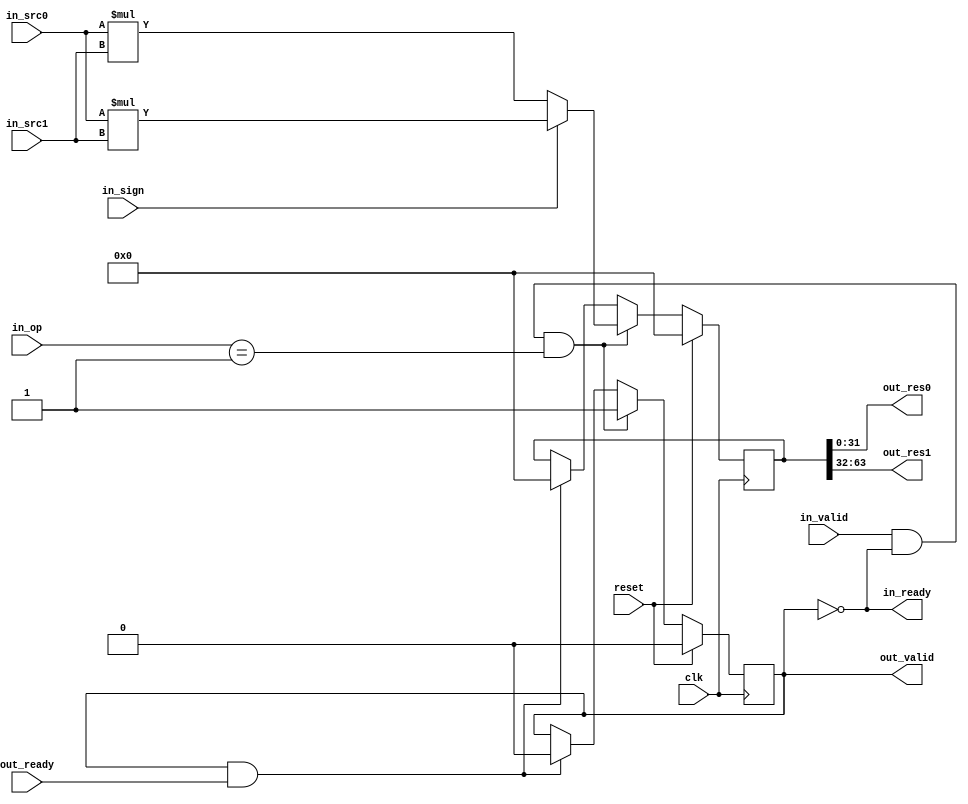
`timescale 1ns / 1ps
`default_nettype none 
`define  IDLE 2'b00
`define  MUL  2'b01
`define  DIV  2'b10

module MulUnit(
    input wire clk,
    input wire reset,
    input wire [31:0] in_src0,
    input wire [31:0] in_src1,
    input wire [1:0] in_op,
    input wire in_sign,
    output wire in_ready,
    input wire in_valid,
    input wire out_ready,
    output wire out_valid,
    output wire [31:0] out_res0,
    output wire [31:0] out_res1
);
    reg done;
    reg [63:0] tmp;
    wire signed [63:0] sr = $signed(in_src0) * $signed(in_src1);
    wire [63:0] usr = in_src0 * in_src1;

    assign {out_res1, out_res0, in_ready, out_valid} = {tmp, !done, done};

    always@(posedge clk) begin
        if(reset) begin
            done <= 'h0;
            tmp <= 'h0;
        end 
        else if(in_valid & in_ready & (in_op == `MUL)) begin
            tmp <= in_sign ? sr : usr;
            done <= 'h1;
        end 
        else if(out_valid & out_ready) begin
            tmp <= 'h0;
            done <= 'h0;
        end
    end
endmodule

module DivUnit(
    input wire clk,
    input wire reset,
    input wire [31:0] in_src0,
    input wire [31:0] in_src1,
    input wire [1:0] in_op,
    input wire in_sign,
    output wire in_ready,
    input wire in_valid,
    input wire out_ready,
    output wire out_valid,
    output wire [31:0] out_res0,
    output wire [31:0] out_res1
);
    wire negSrcBits [1:0];
    wire [31:0] absSrc [1:0];
    wire [63:0] absSrc64 [1:0];
    reg busy;
    reg [31:0] timer;
    reg [66:0] tmps [3:0];
    reg negResBits [1:0];
    wire [66:0] subs [2:0];
    wire[31:0] tmp[1:0];

    assign {negSrcBits[1], negSrcBits[0]} = {in_src1[31] & in_sign, in_src0[31] & in_sign};
    assign {absSrc[1], absSrc[0]} = {negSrcBits[1] ? -in_src1 : in_src1, negSrcBits[0] ? -in_src0 : in_src0};
    assign {absSrc64[1], absSrc64[0]} = {absSrc[1], 64'h0, absSrc[0]};
    assign {subs[2], subs[1], subs[0]} = {(tmps[0] << 2) - tmps[3], (tmps[0] << 2) - tmps[2], (tmps[0] << 2) - tmps[1]};
    assign {tmp[1], tmp[0]} = tmps[0][63:0];
    assign {out_res1, out_res0} = {negResBits[1] ? -tmp[1] : tmp[1], negResBits[0] ? -tmp[0] : tmp[0]};
    assign {in_ready, out_valid} = {!busy, !timer[1] & busy};

    always@(posedge clk) begin
        if(reset) begin
            {negResBits[1], negResBits[0], timer, tmps[3], tmps[2], tmps[1], tmps[0], busy} <= 0;
        end else if(in_valid & in_ready & in_op == `DIV) begin
            timer <= 32'hffffffff;
            {negResBits[1], negResBits[0]} <= {negSrcBits[0], negSrcBits[0] ^ negSrcBits[1]};
            {tmps[3], tmps[2], tmps[1], tmps[0]} <= {({3'b0, absSrc64[1]} << 1) + {3'b0, absSrc64[1]}, {3'b0, absSrc64[1]} << 1, {3'b0, absSrc64[1]}, {3'b0, absSrc64[0]}};
            busy <= 'b1;
        end else begin
            if(out_valid & out_ready) begin
                busy <= 'b0;
            end
            if(timer[15] & (tmps[0][47:16] < tmps[1][63:32])) begin
                timer <= timer >> 16;
                tmps[0] <= tmps[0] << 16;
            end 
            else if(timer[7] & (tmps[0][55:24] < tmps[1][63:32])) begin
                timer <= timer >> 8;
                tmps[0] <= tmps[0] << 8;
            end 
            else if(timer[3] & (tmps[0][59:28] < tmps[1][63:32])) begin
                timer <= timer >> 4;
                tmps[0] <= tmps[0] << 4;
            end 
            else if(timer[0]) begin
                timer <= timer >> 2;
                tmps[0] <= !subs[2][66] ? subs[2] + 'd3 : !subs[1][66] ? subs[1] + 'd2 : !subs[0][66] ? subs[0] + 'd1 : (tmps[0] << 2);
            end
        end
     end
endmodule

module MulDivUnit(
    input wire clk,
    input wire reset,
    input wire [31:0] in_src0,
    input wire [31:0] in_src1,
    input wire [1:0] in_op,
    input wire in_sign,
    output wire in_ready,
    input wire in_valid,
    input wire out_ready,
    output wire out_valid,
    output wire [31:0] out_res0,
    output wire [31:0] out_res1
);
    wire [31:0] mul_out_res [1:0];
    wire [31:0] div_out_res [1:0];
    wire mul_in_ready, mul_out_valid, div_in_ready, div_out_valid;
    reg [1:0] op;
    
    always@(posedge clk) begin
        if(reset)
            op  <= 'h0;
        else if(in_ready & in_valid)
            op <= in_op;
        else if(out_ready & out_valid)
            op <= 'h0;
    end

    MulUnit MulUnit(
        .clk(clk), 
        .reset(reset), 
        .in_src0(in_src0),
        .in_src1(in_src1),
        .in_op(in_op), 
        .in_sign(in_sign), 
        .in_ready(mul_in_ready), 
        .in_valid(in_valid), 
        .out_ready(out_ready), 
        .out_valid(mul_out_valid), 
        .out_res0(mul_out_res[0]),
        .out_res1(mul_out_res[1])
    );
            
    DivUnit DivUnit(
        .clk(clk), 
        .reset(reset), 
        .in_src0(in_src0),
        .in_src1(in_src1),
        .in_op(in_op), 
        .in_sign(in_sign), 
        .in_ready(div_in_ready), 
        .in_valid(in_valid), 
        .out_ready(out_ready), 
        .out_valid(div_out_valid), 
        .out_res0(div_out_res[0]),
        .out_res1(div_out_res[1])
    );
    
    assign in_ready = mul_in_ready & div_in_ready;
    assign out_valid = mul_out_valid | div_out_valid;
    assign {out_res1, out_res0} = (op == `DIV) ? {div_out_res[1], div_out_res[0]} : {mul_out_res[1], mul_out_res[0]};
endmodule